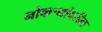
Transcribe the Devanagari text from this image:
नोकऱ्यांवरील